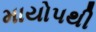
માયોપથી